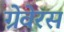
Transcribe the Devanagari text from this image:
ग्रेवेरस